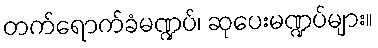
တက်ရောက်ခံမဏ္ဍပ်၊ ဆုပေးမဏ္ဍပ်များ။